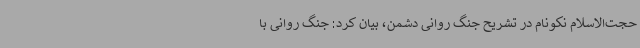
حجت‌الاسلام نکونام در تشریح جنگ روانی دشمن، بیان کرد: جنگ روانی با